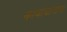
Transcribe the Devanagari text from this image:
कावाबाताला